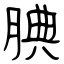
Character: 腥